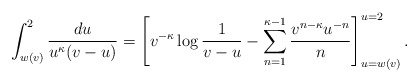
\begin{align*}\int_{w(v)}^2\frac{du}{u^\kappa(v-u)}=\left[v^{-\kappa}\log\frac1{v-u}-\sum_{n=1}^{\kappa-1}\frac{v^{n-\kappa}u^{-n}}{n}\right]_{u=w(v)}^{u=2}.\end{align*}